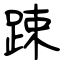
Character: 踈